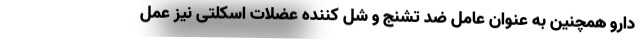
دارو همچنین به عنوان عامل ضد تشنج و شل کننده عضلات اسکلتی نیز عمل